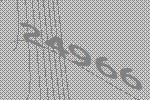
24966